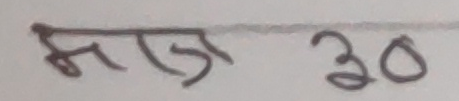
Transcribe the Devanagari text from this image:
साज ३०